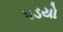
૫ડયો